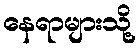
နေရာများသို့